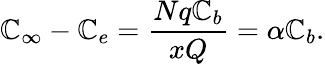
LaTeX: \mathbb{C}_{\infty}-\mathbb{C}_{e}=\frac{{Nq\mathbb{C}_{b}}}{{xQ}}=\alpha\mathbb{C}_{b}.